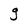
Character: g